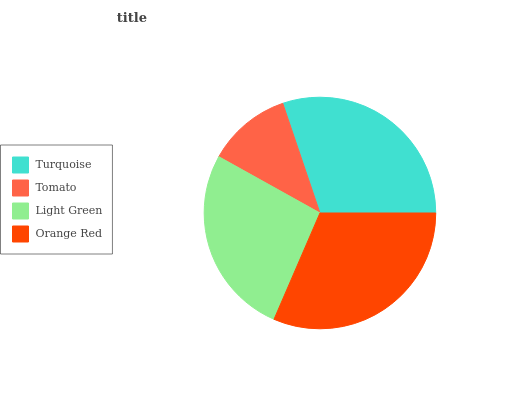
| Turquoise | Tomato | Light Green | Orange Red |
 | --- | --- | --- | --- |
 | 30.2% | 11.7% | 26.6% | 31.5% |